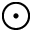
\odot